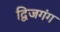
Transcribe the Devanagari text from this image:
द्विजगंग